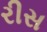
રીસ